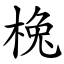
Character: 㭸